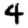
Digit: 4